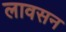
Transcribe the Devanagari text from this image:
लावसन